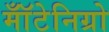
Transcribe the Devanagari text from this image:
मॉँटेनिग्रो